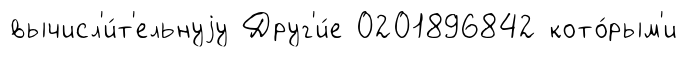
вычисл'и́т'ельнуjу Друг'и́е 0201896842 кото́рым'и